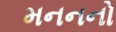
મનનનો